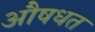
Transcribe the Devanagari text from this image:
औषधत